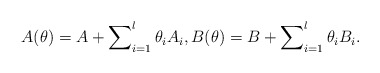
\begin{align*} A(\theta)=A+\sum \nolimits_{i=1}^l\theta_i A_i, B(\theta)=B+\sum \nolimits_{i=1}^l\theta_i B_i.\end{align*}